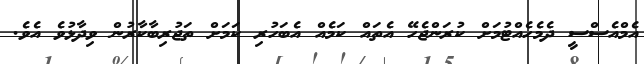
އެމްއެސްސީ ދެމެހެއްޓުމަށް ކުރަންޖެހޭ އެތައް ކަމެއް އެބަހުރި ކަމަށް ތަޖުރިބާކާރުން ވިދާޅުވެ އެވެ.